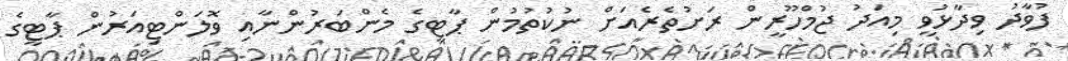
ފުވާދު ވިދާޅުވީ މިއަދު ޖުމްހޫރީން ރަށުތެރެއަށް ނުކުތުމުން ޕާޓީގެ މެންބަރުންނާއި ވޮލަންޓިއަރުން ޕާޓީގެ